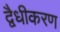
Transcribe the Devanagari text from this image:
द्वैधीकरण